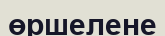
өршелене